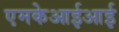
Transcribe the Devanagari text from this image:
एमकेआईआई